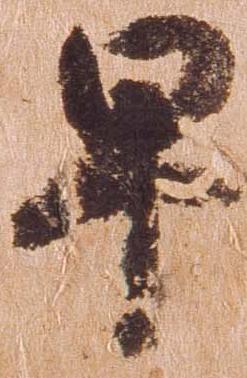
早